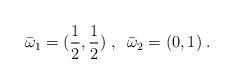
LaTeX: \begin{align*}{\bar \omega}_1 = (\frac 1{2}, \frac 1{2})\;,\;\;{\bar \omega}_2 = (0,1)\;.\end{align*}